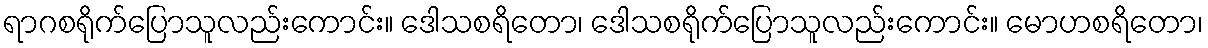
ရာဂစရိုက်ပြောသူလည်းကောင်း။ ဒေါသစရိတော၊ ဒေါသစရိုက်ပြောသူလည်းကောင်း။ မောဟစရိတော၊